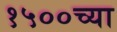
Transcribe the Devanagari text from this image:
१५००च्या